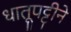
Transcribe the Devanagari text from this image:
धातूपट्टीने